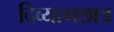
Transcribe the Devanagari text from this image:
दिव्यागछात्र